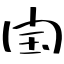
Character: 閠